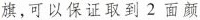
旗，可以保证取到2面颜